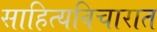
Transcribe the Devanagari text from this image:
साहित्यविचारात